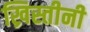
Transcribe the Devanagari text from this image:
ख्रिस्तीनी